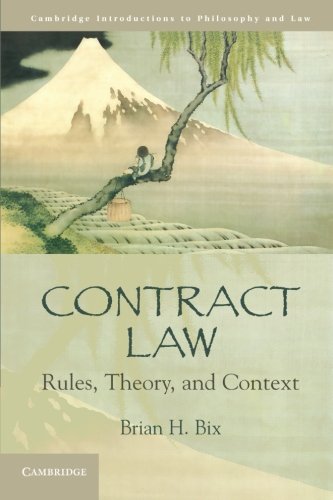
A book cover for Contract Law: Rules, Theory, and Context (Cambridge Introductions to Philosophy and Law); Brian H. Bix; Law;